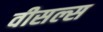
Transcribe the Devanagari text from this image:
वीसल्स